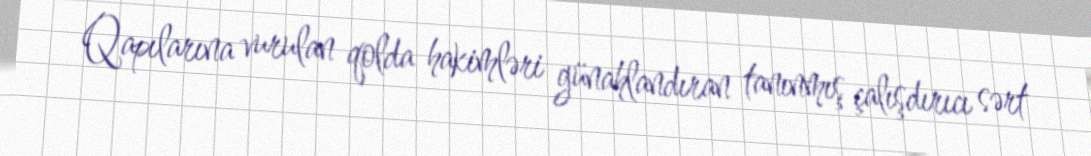
Qapılarına vurulan qolda hakimləri günahlandıran tanınmış çalışdırıcı sərt